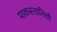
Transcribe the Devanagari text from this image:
पाकस्तानियों